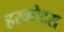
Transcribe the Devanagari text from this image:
हरकोटस